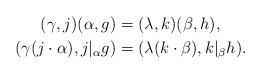
LaTeX: \begin{align*}(\gamma,j)(\alpha, g)&=(\lambda,k)(\beta, h),\\(\gamma(j\cdot \alpha),j|_\alpha g)&=(\lambda(k\cdot \beta),k|_\beta h).\end{align*}